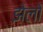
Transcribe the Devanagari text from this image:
झेलो